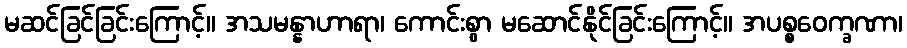
မဆင်ခြင်ခြင်းကြောင့်။ အသမန္နာဟာရာ၊ ကောင်းစွာ မဆောင်နိုင်ခြင်းကြောင့်။ အပစ္စဝေက္ခဏာ၊